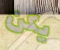
يكن